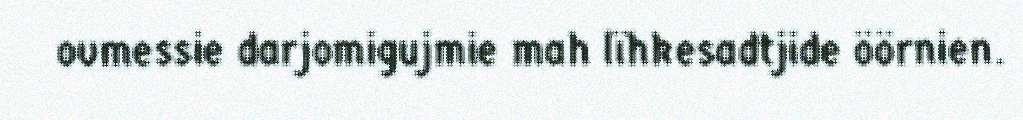
ovmessie darjomigujmie mah lïhkesadtjide öörnien.